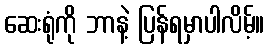
ဆေးရုံကို ဘာနဲ့ ပြန်ရမှာပါလိမ့်။